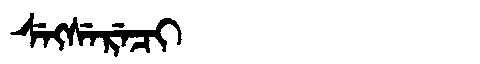
Manchu: ᠰᡝᡴᠰᡝᡵᡝᠴᡳ
Romanization: SEKSERECI